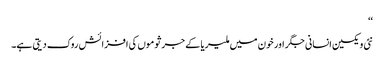
‘‘
نئی ویکسین انسانی جگر اور خون میں ملیریا کے جرثوموں کی افزائش روک دیتی ہے۔